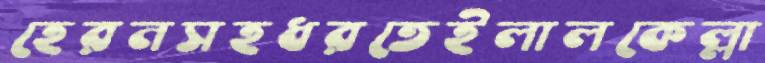
হেরনসহধরতেইলালকেল্লা